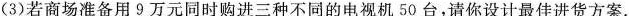
（3）若商场准备用9万元同时购进三种不同的电视机50台，请你设计最佳进货方案.